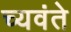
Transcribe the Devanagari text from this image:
च्यवंते